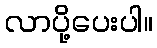
လာပို့ပေးပါ။